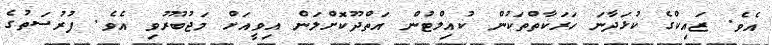
އެވެ. ޒައިކްގެ ކުޅަދާނަ ހަރަކާތްތަކުން ކުއިލްޓުން އަތްދޫކޮށްލަން އިވީއަށް މަޖުބޫރުވި އެވެ. ފުރުސަތުގެ